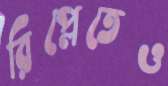
রিপ্লেতেও